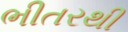
ભીતરથી